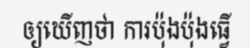
ឲ្យឃើញថា ការប៉ុងប៉ុងធ្វើ